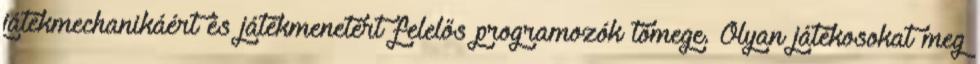
játékmechanikáért és játékmenetért felelős programozók tömege. Olyan játékosokat meg